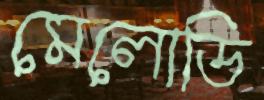
মেলোডি